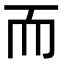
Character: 而